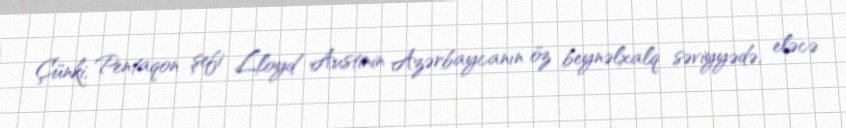
Çünki, Pentaqon şefi Lloyd Austinin Azərbaycanın öz beynəlxalq səviyyədə, eləcə